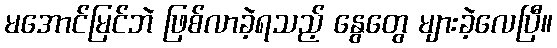
မအောင်မြင်ဘဲ ဖြစ်လာခဲ့ရသည့် နွေတွေ များခဲ့လေပြီ။